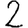
Digit: 2